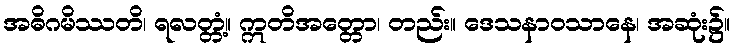
အဓိဂမိဿတိ၊ ရလတ္တံ့။ ဣတိအတ္တော၊ တည်း။ ဒေသနာဝသာနေ၊ အဆုံး၌။